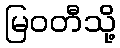
မြဝတီသို့